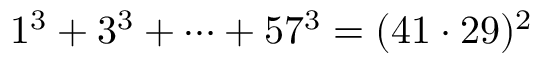
1 ^ { 3 } + 3 ^ { 3 } + \dots + 5 7 ^ { 3 } = ( 4 1 \cdot 2 9 ) ^ { 2 }